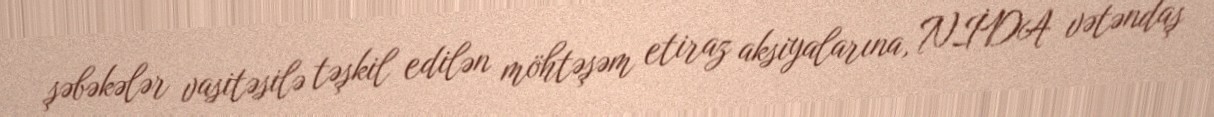
şəbəkələr vasitəsilə təşkil edilən möhtəşəm etiraz aksiyalarına, NİDA vətəndaş